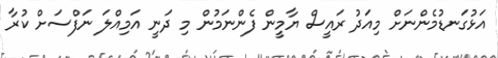
އަޅުގަނޑުމެންނަށް މިއަދު ރައީސް ޔާމީން ފެންނަމުން މި ދަނީ އަމިއްލަ ނަފްސަށް ކުރާ